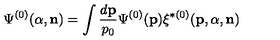
\Psi ^ { ( 0 ) } ( { \alpha } , { \bf n } ) = \int \frac { d { \bf p } } { p _ { 0 } } \Psi ^ { ( 0 ) } ( { \bf p } ) \xi ^ { \ast ( 0 ) } ( { \bf p } , { \alpha } , { \bf n } )